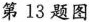
第13题图